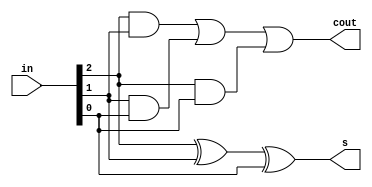
module csa(
  input [2:0] in,
  output cout, s
);
wire a, b, cin;
assign a = in[2];
assign b = in[1];
assign cin = in[0];
assign s = a ^ b ^ cin;
assign cout = a & b | b & cin | a & cin;
endmodule